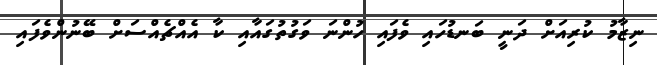
ނިޒާމު ކުރިއަށް ދަނީ ބަނޑުހައި ވެފައި ހުންނަ ވަގުތުގައާއި ކާ އެއްޗެއްސަށް ބޭނުންވެފައި